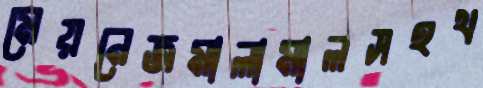
মেয়নেজমালামালসহথ